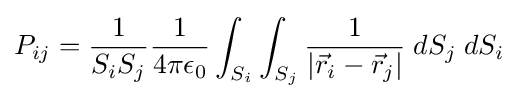
P_{ij}={\frac {1}{S_{i}S_{j}}}{\frac {1}{4\pi \epsilon _{0}}}\int _{S_{i}}\int _{S_{j}}{\frac {1}{|{\vec {r}}_{i}-{\vec {r}}_{j}|}}\;dS_{j}\;dS_{i}